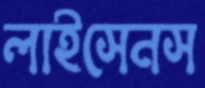
লাইসেনস